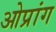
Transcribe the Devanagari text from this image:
ओप्रांग